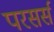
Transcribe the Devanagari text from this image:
परसर्स